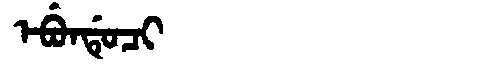
Manchu: ᡝᠪᡠᠨᡩᡠᠴᡳ
Romanization: EBUNDUCI